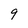
Character: 9